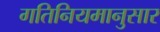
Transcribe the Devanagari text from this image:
गतिनियमानुसार